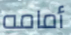
أمامه